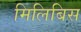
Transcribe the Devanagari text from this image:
मिलिबिस